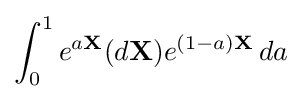
\int _{0}^{1}e^{a\mathbf {X} }(d\mathbf {X} )e^{(1-a)\mathbf {X} }\,da